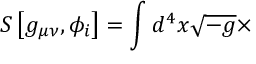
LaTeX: S \left[ g _ { \mu \nu } , \phi _ { i } \right] = \int d ^ { 4 } x \sqrt { - g } \times